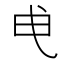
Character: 𭨘